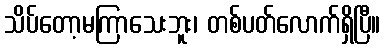
သိပ်တော့မကြာသေးဘူး၊ တစ်ပတ်လောက်ရှိပြီ။